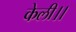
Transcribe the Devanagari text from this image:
केली।।